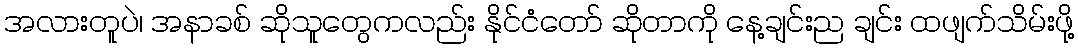
အလားတူပဲ၊ အနာခစ် ဆိုသူတွေကလည်း နိုင်ငံတော် ဆိုတာကို နေ့ချင်းည ချင်း ထဖျက်သိမ်းဖို့